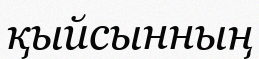
қыйсынның